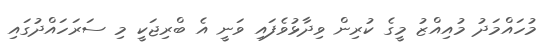
މުހައްމަދު މުއިއްޒު މީގެ ކުރިން ވިދާޅުވެފައި ވަނީ އެ ބްރިޖަކީ މި ސަރަހައްދުގައި